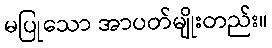
မပြုသော အာပတ်မျိုးတည်း။